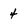
Character: 4